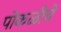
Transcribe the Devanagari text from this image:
पोकळीचे